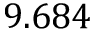
9 . 6 8 4